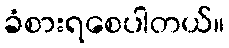
ခံစားရစေပါတယ်။